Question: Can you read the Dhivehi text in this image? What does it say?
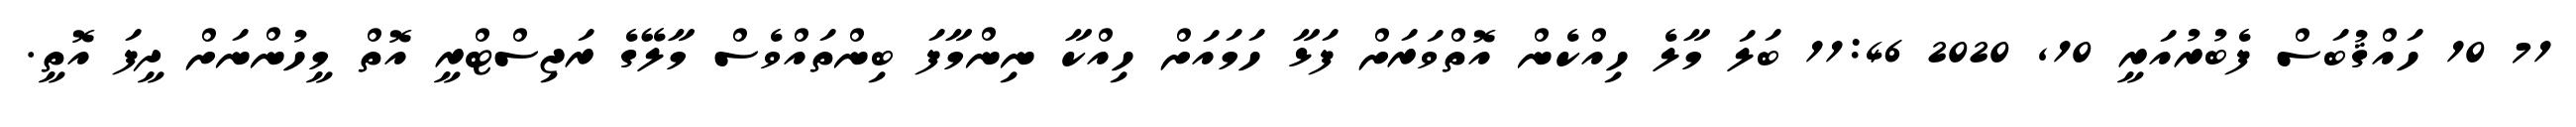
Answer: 71 10 ހައްޤުބަސް ފެބުރުއަރީ 10, 2020 11:46 ބަލަ މާލެ ހިއްކެން އޮތްވަރަށް ފަޅާ ހަމައަށް ހިއްކާ ނިންމާފަ ބިންތައްވެސް މާލޭގެ ރަޖިސްޓްރީ އޮތް މީހުންނަށް ދީފަ އޮތީ.